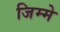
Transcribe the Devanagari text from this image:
जिम्‍मे